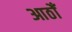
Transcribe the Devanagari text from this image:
आठोँ